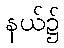
နယ်၌